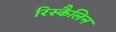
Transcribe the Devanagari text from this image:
रिस्कैलिन